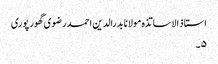
استاذ الاساتذہ مولانا بدرالدین احمد رضوی گھور پوری
۵۔